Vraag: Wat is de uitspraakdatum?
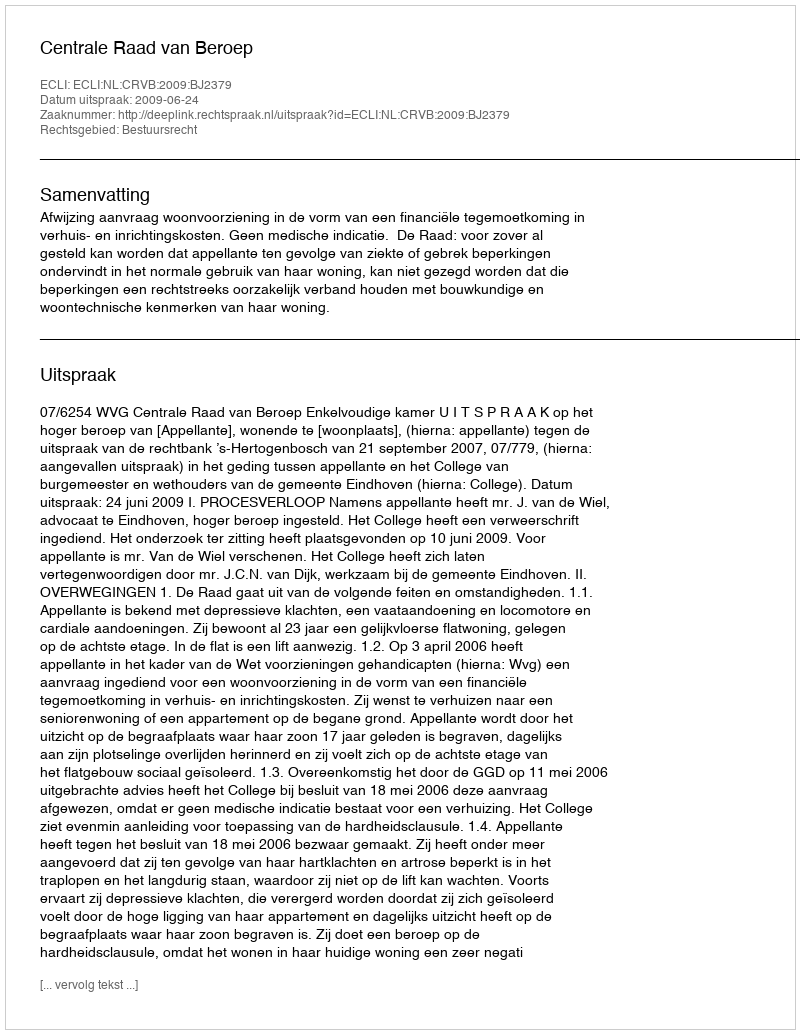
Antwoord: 2009-06-24